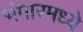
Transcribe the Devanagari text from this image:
भंगारमध्ये